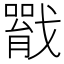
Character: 𢨐